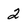
Character: 2